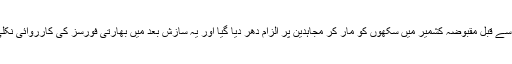
جب سابق امریکی صدر بل کلنٹن کی آمد سے قبل مقبوضہ کشمیر میں سکھوں کو مار کر مجاہدین پر الزام دھر دیا گیا اور یہ سازش بعد میں بھارتی فورسز کی کارروائی نکلی اور بھارت کی خوب جگ ہنسائی ہوئی۔